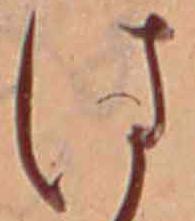
は